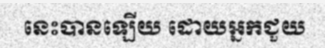
នេះបានឡើយ ដោយអ្នកជួយ